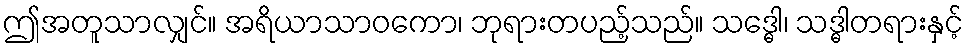
ဤအတူသာလျှင်။ အရိယာသာဝကော၊ ဘုရားတပည့်သည်။ သဒ္ဓေါ၊ သဒ္ဓါတရားနှင့်